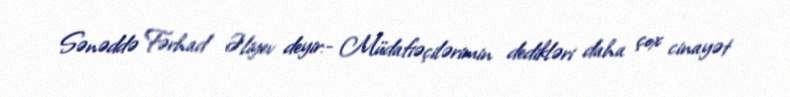
Sənəddə Fərhad Əliyev deyir:- Müdafiəçilərimin dedikləri daha çox cinayət